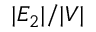
| E _ { 2 } | / | V |